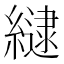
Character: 𮉉